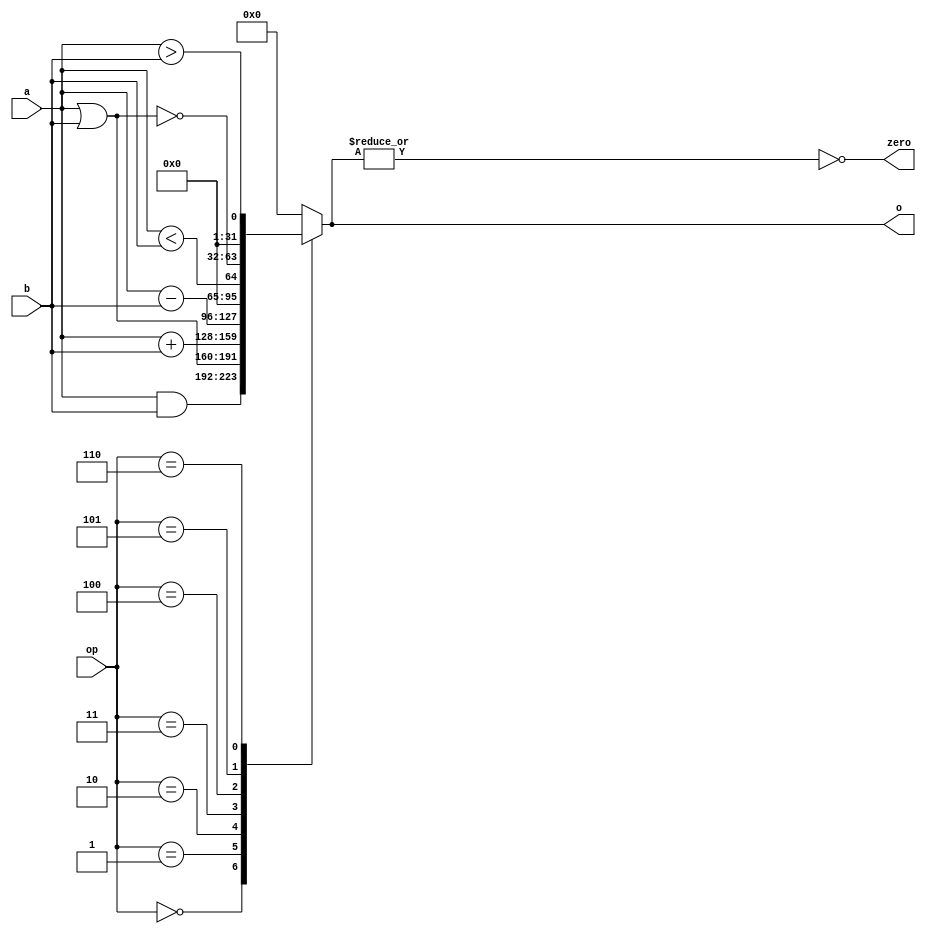
`timescale 1ns / 1ps
//////////////////////////////////////////////////////////////////////////////////
// Company: 
// Engineer: 
// 
// Design Name: 
// Module Name: ALU
// Project Name: 
// Target Devices: 
// Tool Versions: 
// Description: 
// 
// Dependencies: 
// 
// Revision:
// Revision 0.01 - File Created
// Additional Comments:
// 
//////////////////////////////////////////////////////////////////////////////////


module ALU #(parameter N = 32) (
    output reg [N-1:0] o,
    output zero,
    input [N-1:0] a,
    input [N-1:0] b,
    input [3:0] op
    );

    assign zero = ~|o;

    always @(*) begin
        o = {N{1'b0}};
        case (op)
            0: o = a & b;
            1: o = a | b;
            2: o = a + b;
            3: o = a - b;
            4: o = a < b;
            5: o = ~(a | b);
            6: o = a > b;
        endcase 
    end
endmodule